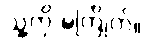
သူ့ကို မကြိုက်။